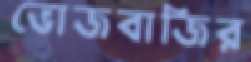
ভোজবাজির